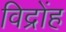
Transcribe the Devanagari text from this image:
विद्रोंह